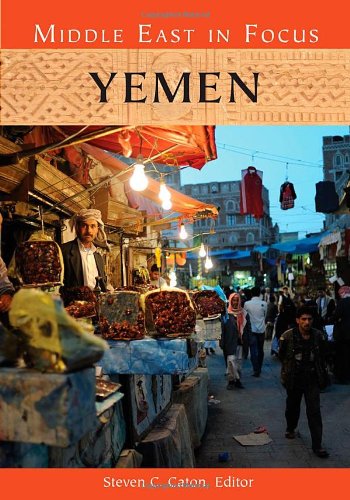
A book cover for Yemen (Nations in Focus); History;